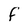
Character: f